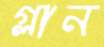
গ্লান